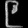
Digit: ၉